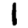
Digit: 1